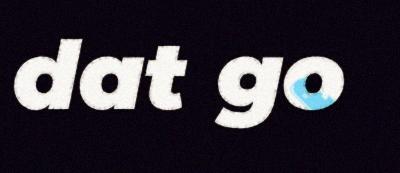
dat go